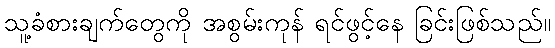
သူ့ခံစားချက်တွေကို အစွမ်းကုန် ရင်ဖွင့်နေ ခြင်းဖြစ်သည်။